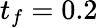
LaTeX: t_{f}=0.2